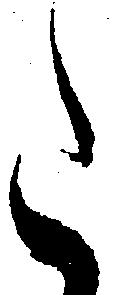
た